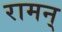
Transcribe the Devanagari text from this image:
रामन्‌